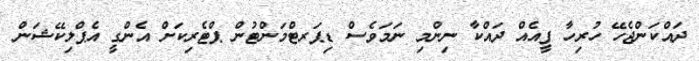
ދައްކަންޖެހޭ ހުރިހާ ފީއެއް ދައްކާ ނިންމި ނަމަވެސް ޑިޕަރޓްމަންޓުން ޕްޓެރިކަށް އެންގީ އެޕްލިކޭޝަން